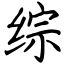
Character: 综